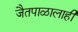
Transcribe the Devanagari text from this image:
जैतपाळालाही